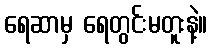
ရေဆာမှ ရေတွင်းမတူးနဲ့။